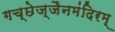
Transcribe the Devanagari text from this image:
गच्छेज्जैनमंदिरम्‌